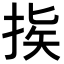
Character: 𢭠